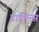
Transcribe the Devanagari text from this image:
डाकिन्स